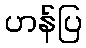
ဟန်ပြ